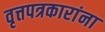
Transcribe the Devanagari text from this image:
वृत्तपत्रकारांना